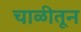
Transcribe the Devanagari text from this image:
चाळीतून